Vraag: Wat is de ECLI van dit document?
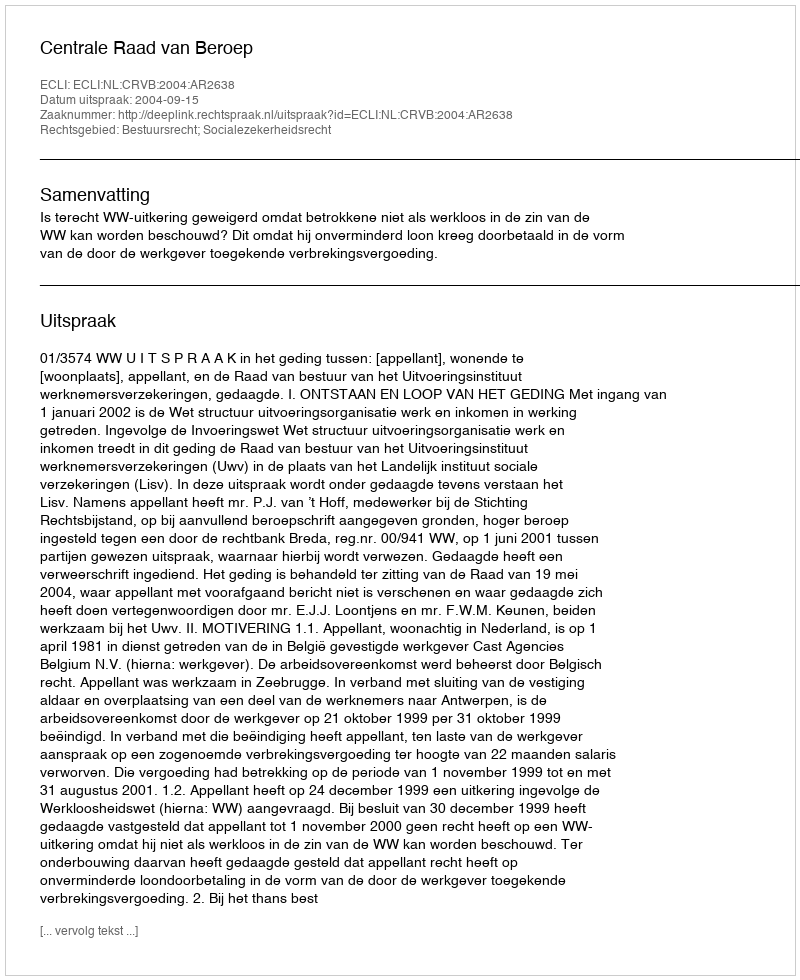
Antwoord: ECLI:NL:CRVB:2004:AR2638